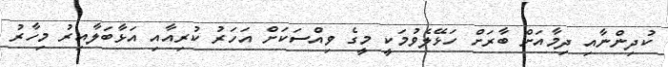
ކުދިންނާއި ދިމާއަށް ބާރަށް ހަޅޭލެވުމަކީ މީގެ ވިއްސަކަށް އަހަރު ކުރިއާއި އަޅާބަލާއިރު މިހާރު